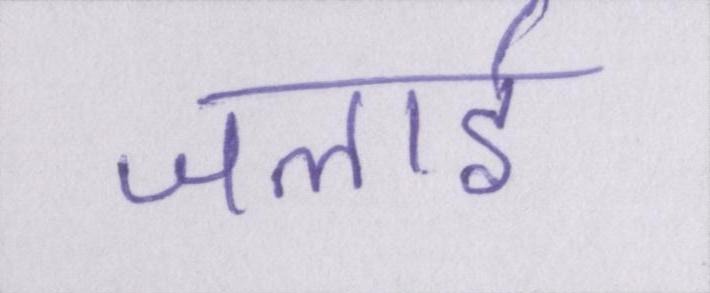
जलाई